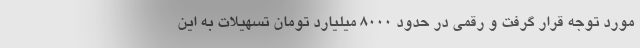
مورد توجه قرار گرفت و رقمی در حدود ۸۰۰۰ میلیارد تومان تسهیلات به این